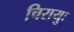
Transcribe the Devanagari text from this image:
चिरायुः